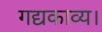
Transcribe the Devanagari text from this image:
गद्यकाव्य।